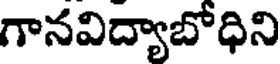
గానవిద్యాబోధిని